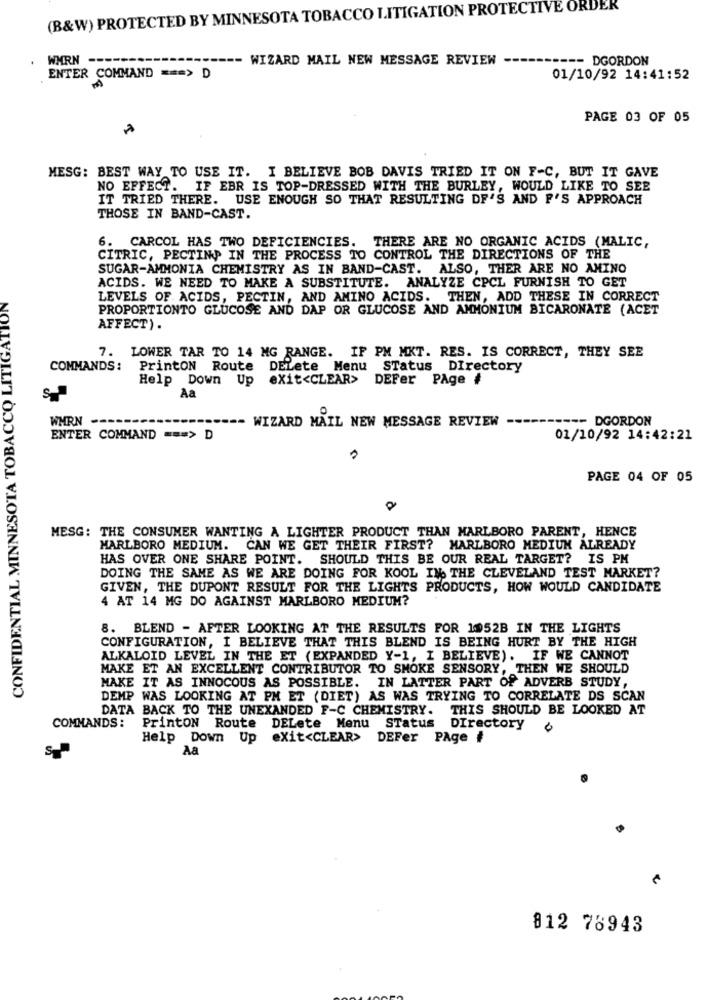
(B&W) PROTECTED BY MINNESOTA TOBACCO LITIGATION PROTECTIVE ORDER
WMRN ----
- WIZARD MAIL NEW MESSAGE REVIEW
-- DGORDON
ENTER COMMAND === > D
01/10/92 14:41:52
PAGE 03 OF 05
MESG: BEST WAY TO USE IT. I BELIEVE BOB DAVIS TRIED IT ON F-C, BUT IT GAVE
NO EFFECT. IF EBR IS TOP-DRESSED WITH THE BURLEY, WOULD LIKE TO SEE
IT TRIED THERE. USE ENOUGH SO THAT RESULTING DF'S AND F'S APPROACH
THOSE IN BAND-CAST.
6. CARCOL HAS TWO DEFICIENCIES. THERE ARE NO ORGANIC ACIDS (MALIC,
CITRIC, PECTINP IN THE PROCESS TO CONTROL THE DIRECTIONS OF THE
SUGAR-AMMONIA CHEMISTRY AS IN BAND-CAST. ALSO, THER ARE NO AMINO
CONFIDENTIAL MINNESOTA TOBACCO LITIGATION
ACIDS. WE NEED TO MAKE A SUBSTITUTE. ANALYZE CPCL FURNISH TO GET
LEVELS OF ACIDS, PECTIN, AND AMINO ACIDS. THEN, ADD THESE IN CORRECT
PROPORTIONTO GLUCOSE AND DAP OR GLUCOSE AND AMMONIUM BICARONATE (ACET
AFFECT).
7. LOWER TAR TO 14 MG RANGE. IF PM MKT. RES. IS CORRECT, THEY SEE
COMMANDS:
PrintON Route DELete Menu STatus Directory
Help Down Up
exit<CLEAR>
DEFer PAge #
Aa
WHRN ---
WIZARD MAIL NEW MESSAGE REVIEW
-- DGORDON
ENTER COMMAND === > D
01/10/92 14:42:21
PAGE 04 OF 05
MESG: THE CONSUMER WANTING A LIGHTER PRODUCT THAN MARLBORO PARENT, HENCE
MARLBORO MEDIUM. CAN WE GET THEIR FIRST? MARLBORO MEDIUM ALREADY
HAS OVER ONE SHARE POINT. SHOULD THIS BE OUR REAL TARGET? IS PM
DOING THE SAME AS WE ARE DOING FOR KOOL IN THE CLEVELAND TEST MARKET?
GIVEN, THE DUPONT RESULT FOR THE LIGHTS PRODUCTS, HOW WOULD CANDIDATE
4 AT 14 MG DO AGAINST MARLBORO MEDIUM?
8. BLEND - AFTER LOOKING AT THE RESULTS FOR 1952B IN THE LIGHTS
CONFIGURATION, I BELIEVE THAT THIS BLEND IS BEING HURT BY THE HIGH
ALKALOID LEVEL IN THE ET (EXPANDED Y-1, I BELIEVE). IF WE CANNOT
MAKE ET AN EXCELLENT CONTRIBUTOR TO SMOKE SENSORY, THEN WE SHOULD
MAKE IT AS INNOCOUS AS POSSIBLE. IN LATTER PART Of ADVERB STUDY,
DEMP WAS LOOKING AT PM ET (DIET) AS WAS TRYING TO CORRELATE DS SCAN
DATA BACK TO THE UNEXANDED F-C CHEMISTRY.
THIS SHOULD BE LOOKED AT
COMMANDS:
Printon Route
DELete Menu STatus
DIrectory
Help Down Up exit<CLEAR> DEFer PAge #
Aa
812 76943